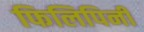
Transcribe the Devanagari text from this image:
फिलिपिनी